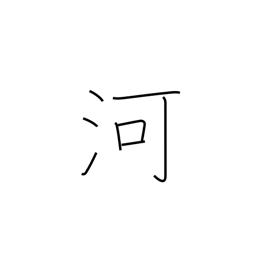
Meaning: river